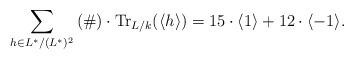
LaTeX: \begin{align*} \sum_{h \in L^{\ast}/(L^{\ast})^{2}} \left( \#\right) \cdot \operatorname{Tr}_{L/k}( \langle h \rangle) = 15 \cdot \langle 1 \rangle + 12 \cdot \langle -1 \rangle.\end{align*}